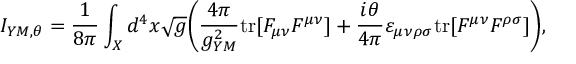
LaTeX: I _ { Y M , \theta } = { \frac { 1 } { 8 \pi } } \int _ { X } d ^ { 4 } x \sqrt { g } \bigg ( { \frac { 4 \pi } { g _ { Y M } ^ { 2 } } } \mathrm { t r } [ F _ { \mu \nu } F ^ { \mu \nu } ] + { \frac { i \theta } { 4 \pi } } \varepsilon _ { \mu \nu \rho \sigma } \mathrm { t r } [ F ^ { \mu \nu } F ^ { \rho \sigma } ] \bigg ) ,